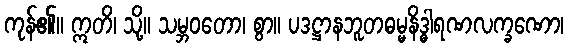
ကုန်၏။ ဣတိ၊ သို့။ သမ္ဘဝတော၊ စွာ။ ပဒဋ္ဌာနဘူတဓမ္မနိဒ္ဓါရဏလက္ခဏော၊